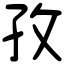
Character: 孜